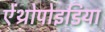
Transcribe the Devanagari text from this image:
ऐंथ्रोपोइडिया